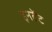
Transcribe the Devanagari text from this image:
इनटेंट